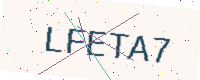
Text: LFETA7